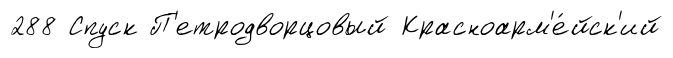
288 Спуск П'етродворцовый Красноарм'е́йск'ий